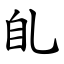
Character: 臫